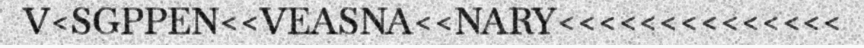
V<SGPPEN<<VEASNA<<NARY<<<<<<<<<<<<<<